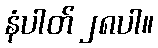
နံပါတ် ၂၈ပါ။